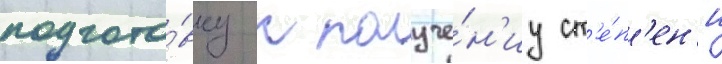
подгото́вку к получе́н'иу ст'е́п'ен'и